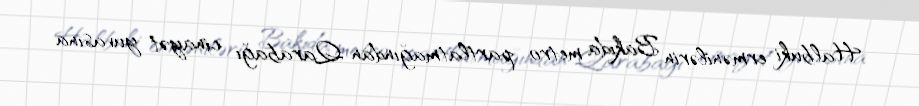
Halbuki ermənilərin Bakıda metro partlatmağından Qarabağı cinayət yuvasına